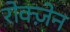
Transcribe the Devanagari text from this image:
रोक्ज़ेन